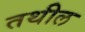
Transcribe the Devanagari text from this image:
तथील